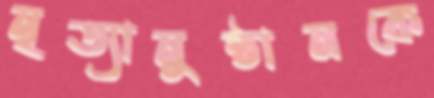
নৃত্যানুষ্ঠানকে